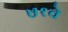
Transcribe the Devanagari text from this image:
७१वे